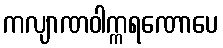
ကလျာဏဝါက္ကရဏောပေ